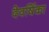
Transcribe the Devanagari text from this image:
देवर्षिका